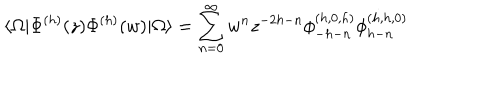
\langle \Omega | \Phi ^ { ( h ) } ( z ) \Phi ^ { ( h ) } ( w ) | \Omega \rangle = \sum _ { n = 0 } ^ { \infty } w ^ { n } z ^ { - 2 h - n } \phi _ { - h - n } ^ { ( h , 0 , h ) } \phi _ { h - n } ^ { ( h , h , 0 ) }